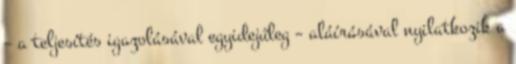
– a teljesítés igazolásával egyidejűleg – aláírásával nyilatkozik a